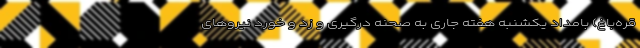
قره‌باغ) بامداد یکشنبه هفته جاری به صحنه درگیری و زد و خورد نیروهای